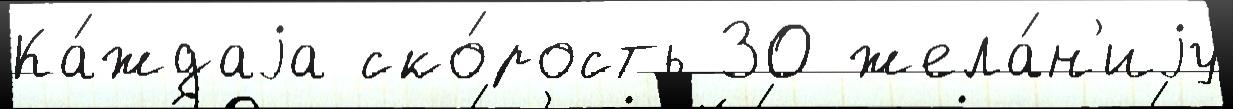
Ка́ждаjа ско́рость 30 жела́н'иjу